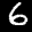
Label: 6